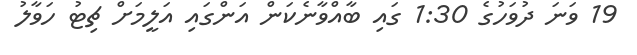
19 ވަނަ ދުވަހުގެ 1:30 ގައި ބާއްވާނެކަން އަންގައި އަލީމަށް ޗިޓު ހަވާލު